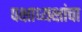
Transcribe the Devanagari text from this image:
पक्षाध्यक्षांचा